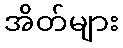
အိတ်များ